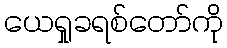
ယေရှုခရစ်တော်ကို